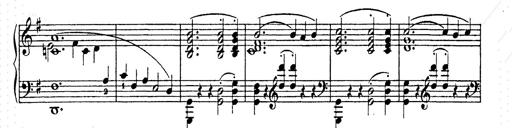
Title: AnnÃ©es de pÃ¨lerinage II
Composer: Franz Liszt